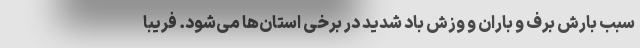
سبب بارش برف و باران و وزش باد شدید در برخی استان‌ها می‌شود. فریبا